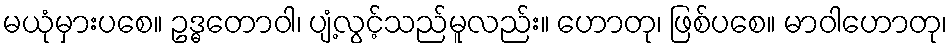
မယုံမှားပစေ။ ဥဒ္ဓတောဝါ၊ ပျံ့လွင့်သည်မူလည်း။ ဟောတု၊ ဖြစ်ပစေ။ မာဝါဟောတု၊